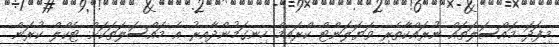
މިފަދަ މައްސަލަތައް ނުރައްކާތެރި ވަޔަލަންޓް ކްރައިމް ހިނގަމުންދާއިރު އެ މައްސަލަތަކަށް ޓެކްލް ކުރަން